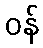
ဝန်